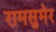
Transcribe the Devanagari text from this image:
रामसुमेर